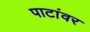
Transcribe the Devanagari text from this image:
पाटांवर